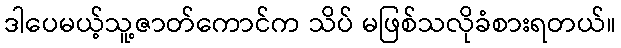
ဒါပေမယ့်သူ့ဇာတ်ကောင်က သိပ် မဖြစ်သလိုခံစားရတယ်။